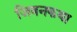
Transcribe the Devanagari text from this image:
जिवनकथा